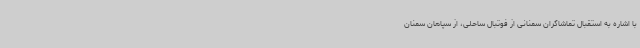
با اشاره به استقبال تماشاگران سمنانی از فوتبال ساحلی، از سپاهان سمنان